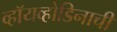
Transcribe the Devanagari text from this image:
व्हॉयव्होडिनाची